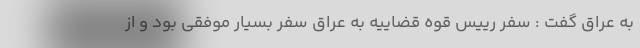
به عراق گفت : سفر رییس قوه قضاییه به عراق سفر بسیار موفقی بود و از